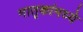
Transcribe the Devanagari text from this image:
मातृकांमध्ये